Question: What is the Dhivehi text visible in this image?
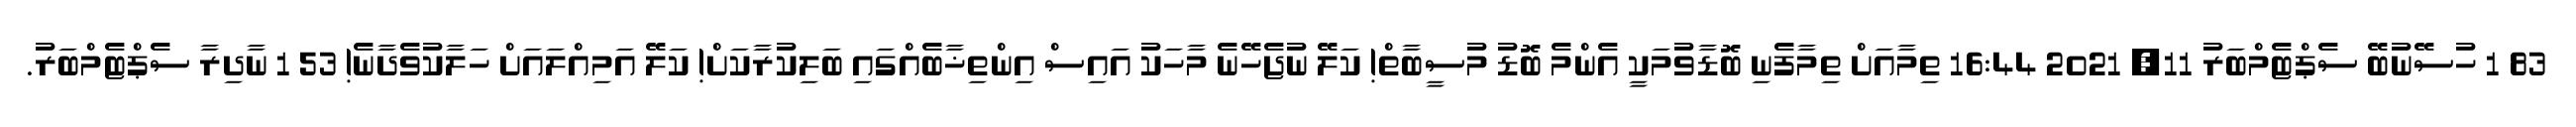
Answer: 83 1 ހުސޭނުބޭ ސެޕްޓެމްބަރު 11, 2021 16:44 ތިމާއަށް ތިމާފެނި ބޮޑާވުމަކީ އެންމެ ބޮޑު މުސީބާތް! ކަލޭ ނުޖެހޭނެ މާހަކު އައިސް އިންތިޚާބެއްގައި ބަލިކުރާކަށް! ކަލޭ އަމިއްލައަށް ހަލާކުވެދާނެ! 53 1 ނާދިރާ ސެޕްޓެމްބަރު.